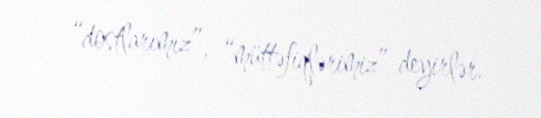
“dostlarımız”, “müttəfiqlərimiz” deyirlər.